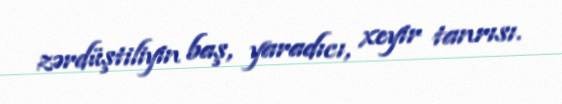
zərdüştiliyin baş, yaradıcı, xeyir tanrısı.